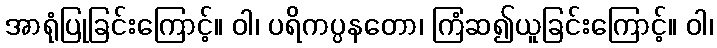
အာရုံပြုခြင်းကြောင့်။ ဝါ၊ ပရိကပ္ပနတော၊ ကြံဆ၍ယူခြင်းကြောင့်။ ဝါ၊